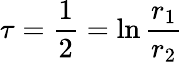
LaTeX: \tau=\frac{1}{2}=\ln\frac{r_{1}}{r_{2}}